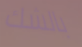
بالشك